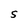
Character: S